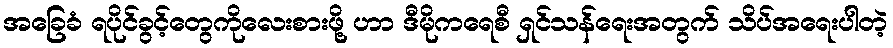
အခြေခံ ရပိုင်ခွင့်တွေကိုလေးစားဖို့ ဟာ ဒီမိုကရေစီ ရှင်သန်ရေးအတွက် သိပ်အရေးပါတဲ့